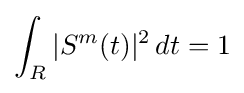
\int _{R}\vert S^{m}(t)\vert ^{2}\,dt=1